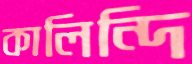
কালিন্দি